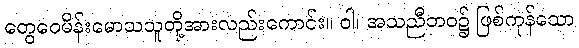
တွေဝေမိန်းမောသသူတို့အားလည်းကောင်း။ ဝါ၊ အသညီဘဝ၌ ဖြစ်ကုန်သော